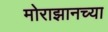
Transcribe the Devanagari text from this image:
मोराझानच्या